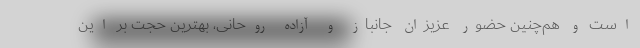
است و هم‌چنین حضور عزیزان جانباز و آزاده روحانی، بهترین حجت بر این